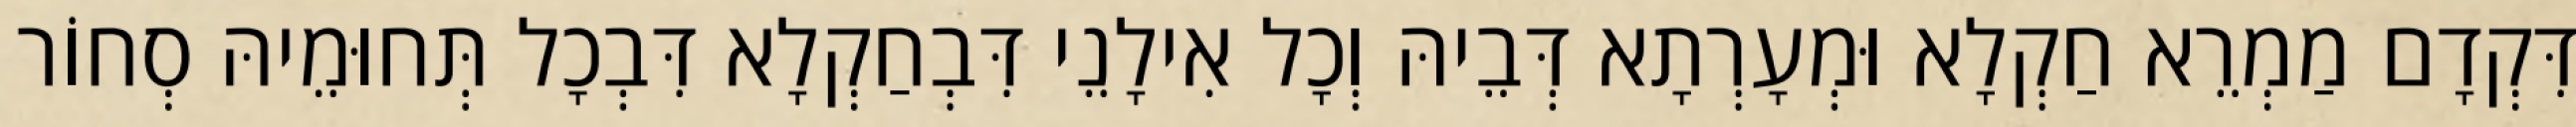
דִּקְדָם מַמְרֵא חַקְלָא וּמְעָרְתָא דְּבֵיהּ וְכָל אִילָנֵי דִּבְחַקְלָא דִּבְכָל תְּחוּמֵיהּ סְחוֹר